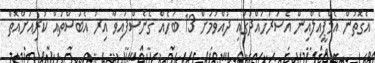
އެގޮތުން އެމްޕީއެލްއިން އެސަރަހައްދުގައި ދުއްވުމަށް 13 ބަހެއް ގެނެސްފައިވާ އިރު އެބަސްތައް ކުރިއަށްއޮތް